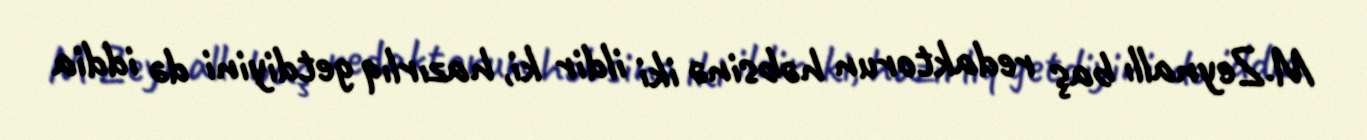
M.Zeynallı baş redaktorun həbsinə iki ildir ki, hazırlıq getdiyini də iddia